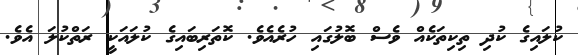
ކުލައިގެ ކުދި ތިކިތަކެއް ވެސް ބޮލުގައި ހުރެއެވެ. ކޮތަރިބައިގެ ކުލައަކީ ރަތްކުލަ އެވެ.